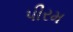
પીરમ